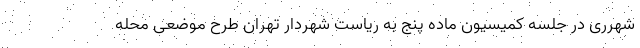
شهرری در جلسه کمیسیون ماده پنج به ریاست شهردار تهران طرح موضعی محله